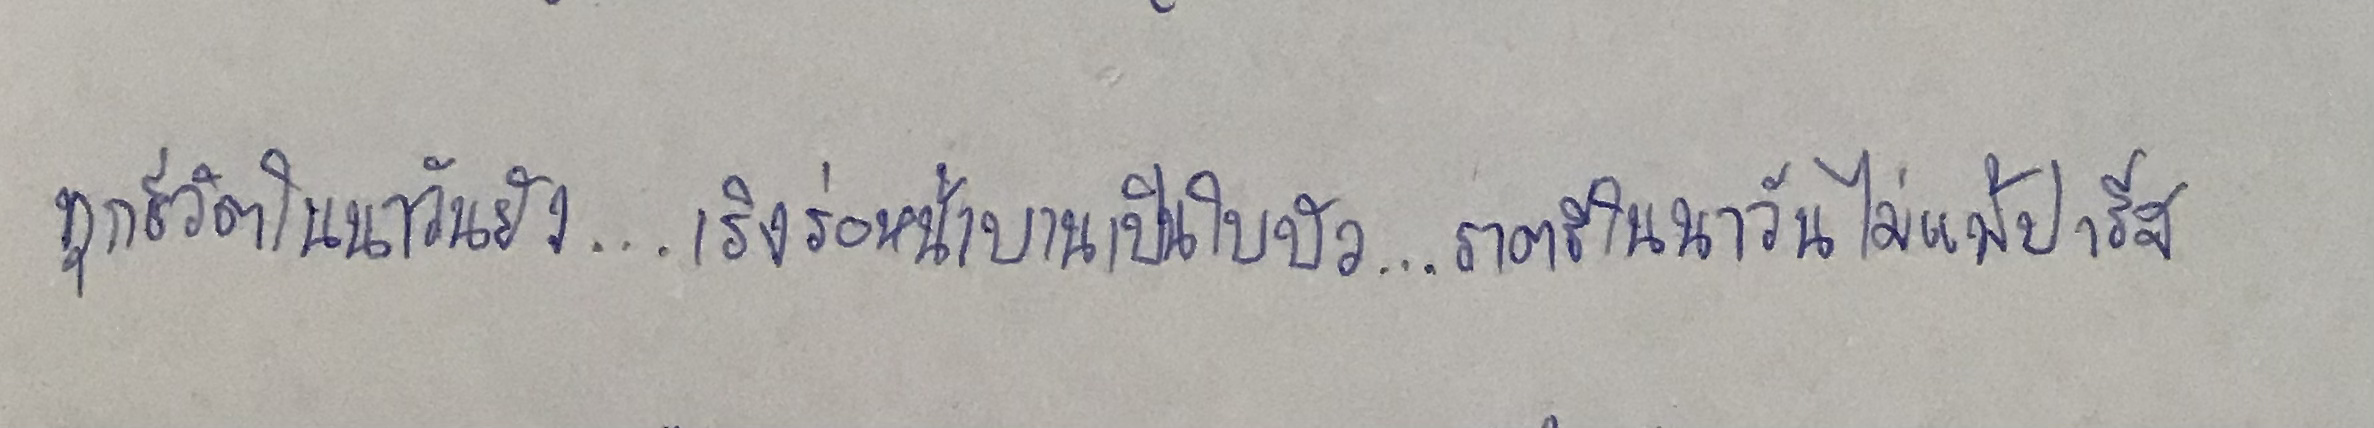
ทุกชีวิตในนาวันยัง...เริงร่อหน้าบานเป็นใบบัว...ราตรีในนาวันไม่แพ้ปารีส